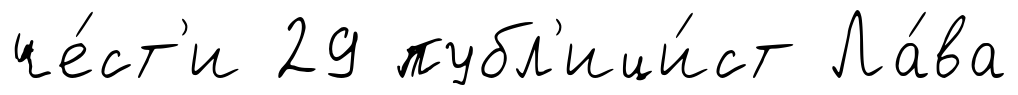
че́ст'и 29 публ'ици́ст Ла́ва